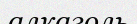
алкаголь